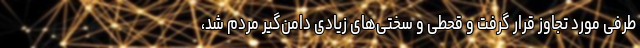
طرفی مورد تجاوز قرار گرفت و قحطی و سختی‌های زیادی دامن‌گیر مردم شد،